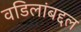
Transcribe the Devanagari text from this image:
वडिलांबद्दल